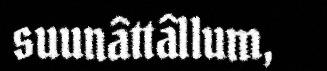
suunâttâllum,